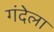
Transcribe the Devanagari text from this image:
गंदेला